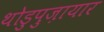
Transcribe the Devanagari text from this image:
थोडुपुज़ायार